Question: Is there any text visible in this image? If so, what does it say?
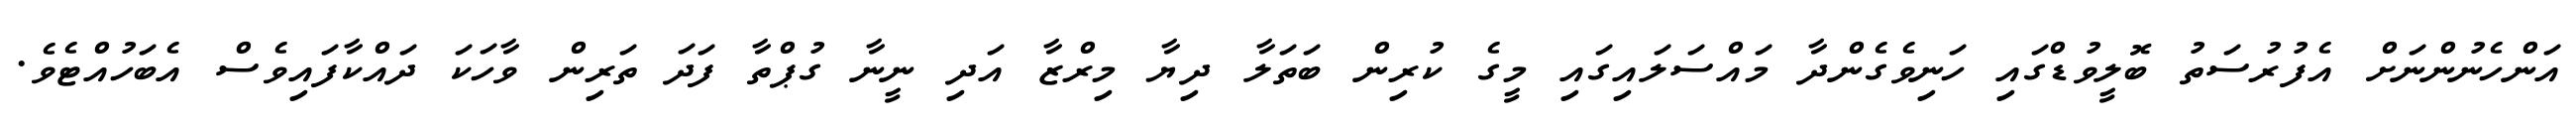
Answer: އަންހެނުންނަށް އެފުރުސަތު ބޮލީވުޑްގައި ހަނިވެގެންދާ މައްސަލައިގައި މީގެ ކުރިން ބަތަލާ ދިޔާ މިރްޒާ އަދި ނީނާ ގުޕްތާ ފަދަ ތަރިން ވާހަކަ ދައްކާފައިވެސް އެބަހުއްޓެވެ.